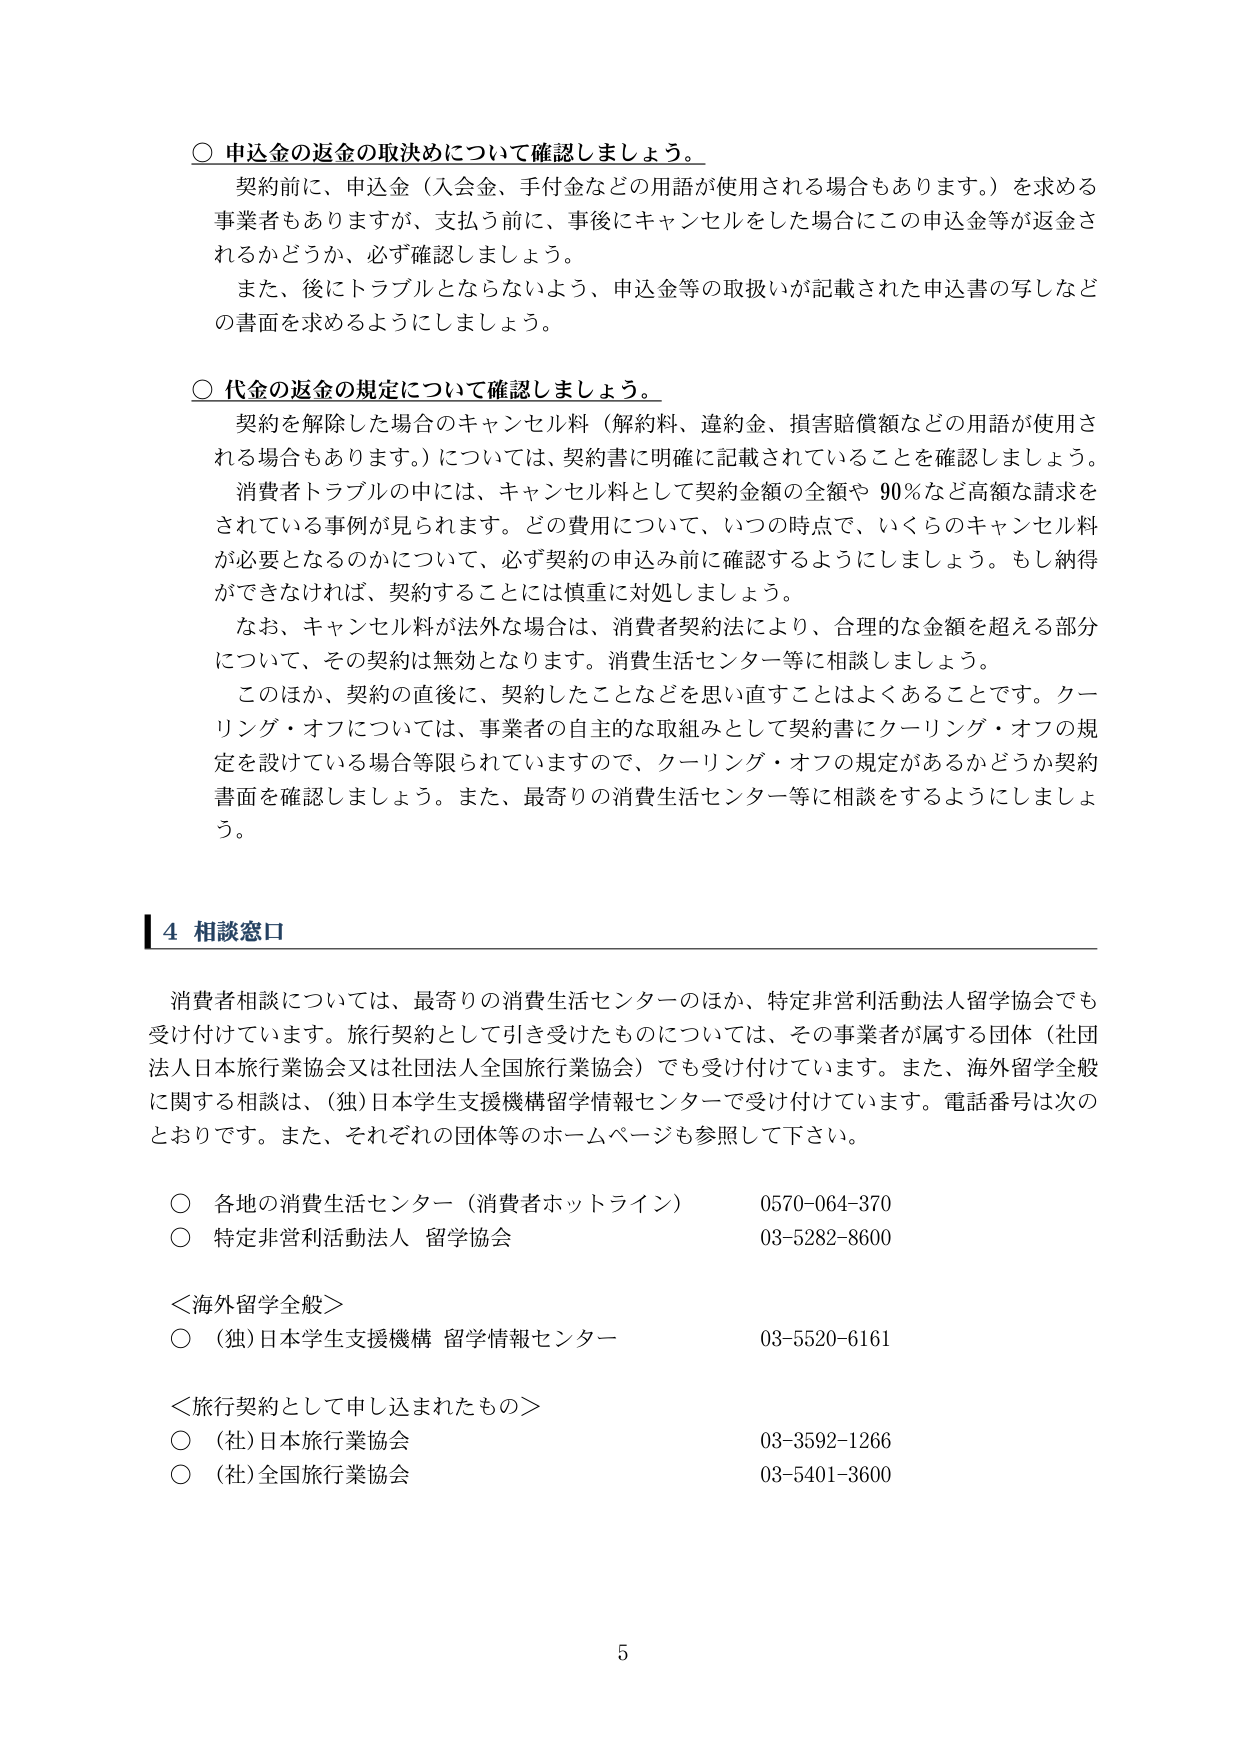
○ 申込金の返金の取決めについて確認しましょう。

契約前に、申込金（入会金、手付金などの用語が使用される場合もあります。）を求める事業者もありますが、支払う前に、事後にキャンセルをした場合にこの申込金等が返金されるかどうか、必ず確認しましょう。

また、後にトラブルとならないよう、申込金等の取扱いが記載された申込書の写しなどの書面を求めるようにしましょう。

○ 代金の返金の規定について確認しましょう。

契約を解除した場合のキャンセル料（解約料、違約金、損害賠償額などの用語が使用される場合もあります。）については、契約書に明確に記載されていることを確認しましょう。

消費者トラブルの中には、キャンセル料として契約金額の全額や 90％など高額な請求をされている事例が見られます。どの費用について、いつの時点で、いくらのキャンセル料が必要となるのかについて、必ず契約の申込み前に確認するようにしましょう。もし納得ができなければ、契約することには慎重に対処しましょう。

なお、キャンセル料が法外な場合は、消費者契約法により、合理的な金額を超える部分について、その契約は無効となります。消費生活センター等に相談しましょう。

このほか、契約の直後に、契約したことなどを思い直すことはよくあることです。クーリング・オフについては、事業者の自主的な取組みとして契約書にクーリング・オフの規定を設けている場合等限られていますので、クーリング・オフの規定があるかどうか契約書面を確認しましょう。また、最寄りの消費生活センター等に相談をするようにしましょう。

4 相談窓口

消費者相談については、最寄りの消費生活センターのほか、特定非営利活動法人留学協会でも受け付けています。旅行契約として引き受けたものについては、その事業者が属する団体（社団法人日本旅行業協会又は社団法人全国旅行業協会）でも受け付けています。また、海外留学全般に関する相談は、(独)日本学生支援機構留学情報センターで受け付けています。電話番号は次のとおりです。また、それぞれの団体等のホームページも参照して下さい。

○ 各地の消費生活センター（消費者ホットライン） 0570-064-370
○ 特定非営利活動法人 留学協会 03-5282-8600

＜海外留学全般＞
○ (独)日本学生支援機構 留学情報センター 03-5520-6161

＜旅行契約として申し込まれたもの＞
○ (社)日本旅行業協会 03-3592-1266
○ (社)全国旅行業協会 03-5401-3600

5